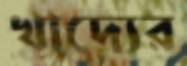
খাদ্যের